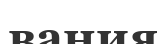
вания